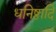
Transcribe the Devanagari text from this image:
धनिष्ठादि